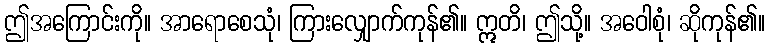
ဤအကြောင်းကို။ အာရောစေသုံ၊ ကြားလျှောက်ကုန်၏။ ဣတိ၊ ဤသို့။ အဝေါစုံ၊ ဆိုကုန်၏။